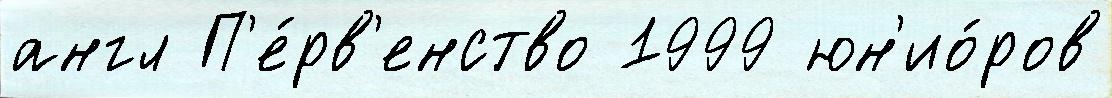
англ П'е́рв'енство 1999 юн'ио́ров